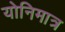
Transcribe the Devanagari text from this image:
योनिमात्र